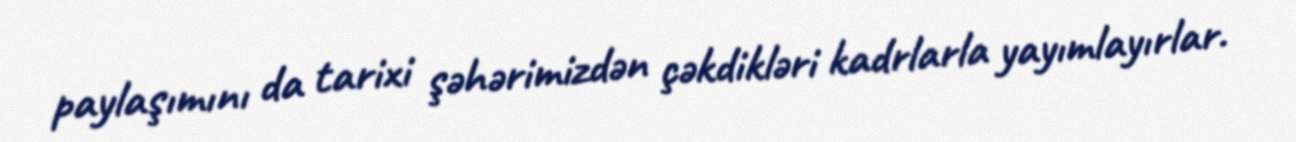
paylaşımını da tarixi şəhərimizdən çəkdikləri kadrlarla yayımlayırlar.